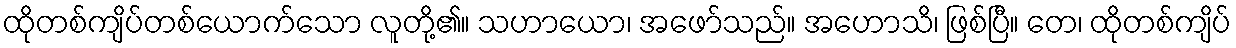
ထိုတစ်ကျိပ်တစ်ယောက်သော လူတို့၏။ သဟာယော၊ အဖော်သည်။ အဟောသိ၊ ဖြစ်ပြီ။ တေ၊ ထိုတစ်ကျိပ်